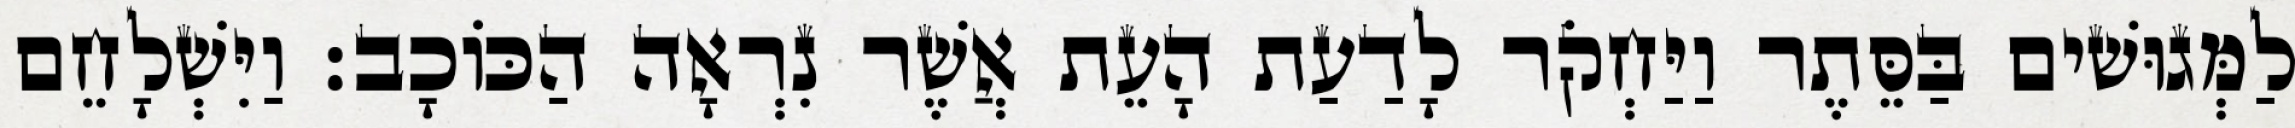
לַמְּגוּשׁים בַּסֵּתֶר וַיַּחְקֹר לָדַעַת הָעֵת אֲשֶׁר נִרְאָה הַכּוֹכָב׃ וַיִּשְׁלָחֵם